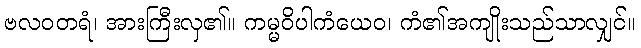
ဗလဝတရံ၊ အားကြီးလှ၏။ ကမ္မဝိပါကံယေဝ၊ ကံ၏အကျိုးသည်သာလျှင်။